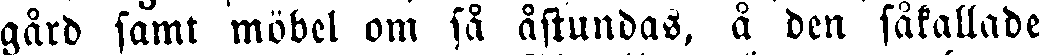
gård samt möbel om få åstundas, å den såkallade